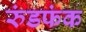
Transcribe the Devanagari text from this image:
रुंडफंक